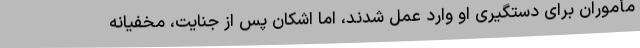
مأموران برای دستگیری او وارد عمل شدند، اما اشکان پس از جنایت، مخفیانه